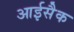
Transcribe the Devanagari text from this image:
आईसैक